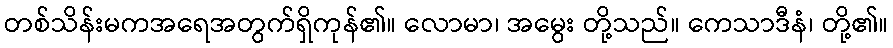
တစ်သိန်းမကအရေအတွက်ရှိကုန်၏။ လောမာ၊ အမွေး တို့သည်။ ကေသာဒီနံ၊ တို့၏။